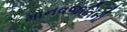
માનવજાતિનો